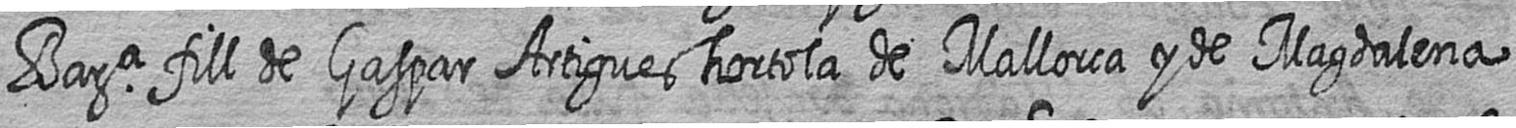
Bara fill de Gaspar Artigues hortola de Mallorca y de Magdalena